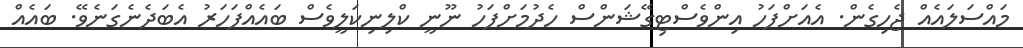
މައްސަލައެއް ޖެހިގެން. އެއަށްފަހު އިންވެސްޓިގޭޝަންސް ހެދުމަށްފަހު ނޫނީ ކްލިނިކަލީވެސް ބައެއްފަހަރު އެބަދެނެގަނެވޭ. ބައެއް